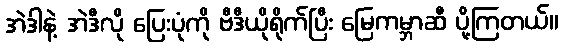
အဲဒါနဲ့ အဲဒီလို ပြေးပုံကို ဗီဒီယိုရိုက်ပြီး မြေကမ္ဘာဆီ ပို့ကြတယ်။